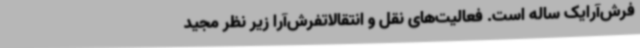
فرش‌آرایک ساله است. فعالیت‌های نقل و انتقالاتفرش‌آرا زیر نظر مجید